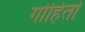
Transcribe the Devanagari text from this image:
गोहितो